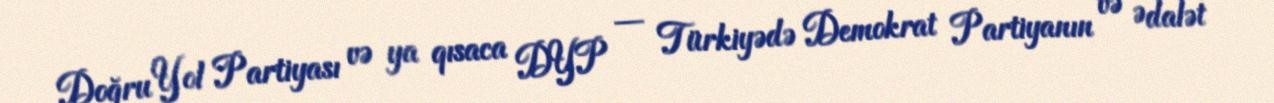
Doğru Yol Partiyası və ya qısaca DYP — Türkiyədə Demokrat Partiyanın və Ədalət